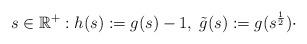
LaTeX: \begin{align*}s \in \mathbb{R}^{+}: h(s) := g(s) -1, \; \tilde{g}(s):= g(s^{\frac{1}{2}}) \cdot\end{align*}